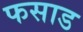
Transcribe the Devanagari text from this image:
फसाड